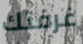
غرفتك